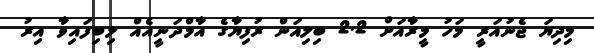
މިދިޔަ ޖެނުއަރީ މަހު މީރާއަށް 2.2 ބިލިއަން ރުފިޔާގެ އާމްދަނީއެއް ލިބިފައިވާ އިރު